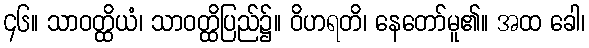
၄၆။ သာဝတ္ထိယံ၊ သာဝတ္ထိပြည်၌။ ဝိဟရတိ၊ နေတော်မူ၏။ အထ ခေါ၊